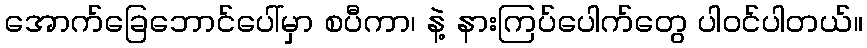
အောက်ခြေဘောင်ပေါ်မှာ စပီကာ၊ နဲ့ နားကြပ်ပေါက်တွေ ပါဝင်ပါတယ်။